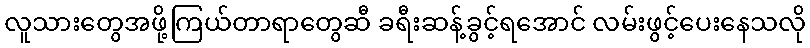
လူသားတွေအဖို့ကြယ်တာရာတွေဆီ ခရီးဆန့်ခွင့်ရအောင် လမ်းဖွင့်ပေးနေသလို